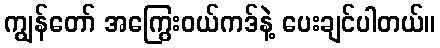
ကျွန်တော် အကြွေးဝယ်ကဒ်နဲ့ ပေးချင်ပါတယ်။